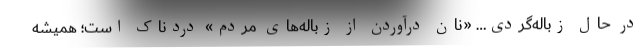
در حال زباله‌گردی… «نان درآوردن از زباله‌های مردم» دردناک است؛ همیشه